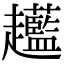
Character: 𧾲